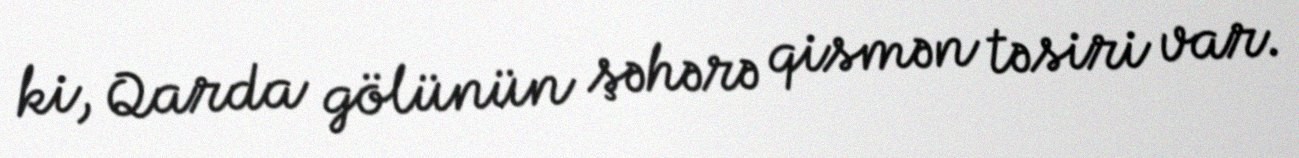
ki, Qarda gölünün şəhərə qismən təsiri var.